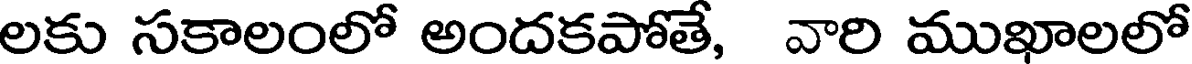
లకు సకాలంలో అందకపోతే, వారి ముఖాలలో